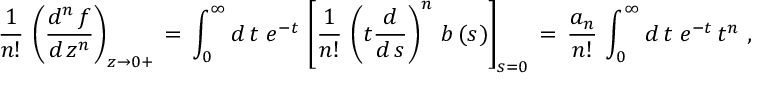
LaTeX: \frac { 1 } { n ! } \, \left( \frac { d ^ { n } \, f } { d \, z ^ { n } } \right) _ { z \to 0 + } \, = \, \int _ { 0 } ^ { \infty } d \, t \ e ^ { - t } \, \left[ \frac { 1 } { n ! } \, \left( t \frac { d } { d \, s } \right) ^ { n } \, b \, ( s ) \right] _ { s = 0 } \, = \, \frac { a _ { n } } { n ! } \, \int _ { 0 } ^ { \infty } d \, t \ e ^ { - t } \, t ^ { n } \, \, ,